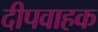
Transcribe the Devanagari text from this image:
दीपवाहक